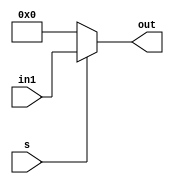
module mux_2x1(
	input  	  [3:0] in1,
	input  		 	  s  ,
	output [3:0] out);
	
	assign out = s? in1: 4'b0000;
	
endmodule